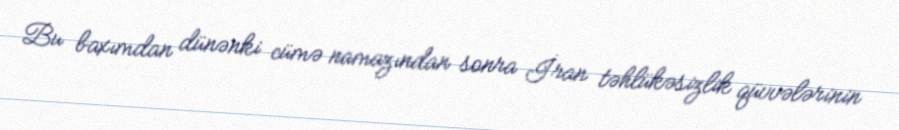
Bu baxımdan dünənki cümə namazından sonra İran təhlükəsizlik qüvvələrinin